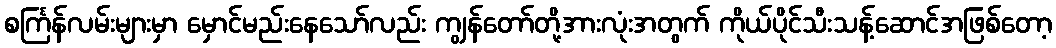
စင်္ကြန်လမ်းများမှာ မှောင်မည်းနေသော်လည်း ကျွန်တော်တို့အားလုံးအတွက် ကိုယ်ပိုင်သီးသန့်ဆောင်အဖြစ်တော့